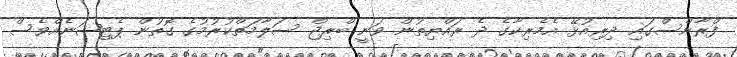
ފްރާންސްގައި ދިރިއުޅޭ އެމެރިކާގެ ދެ ރައްޔިތުން ވަނީ ބްރިޖް ސަލާމަތްކުރުމުގެ ގޮތުން ޕެޓިޝަނެއްވެސް